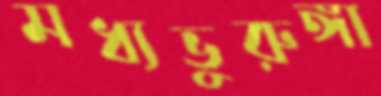
মধ্যভুরুঙ্গা